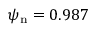
{ \psi _ { \mathrm { n } } = 0 . 9 8 7 }